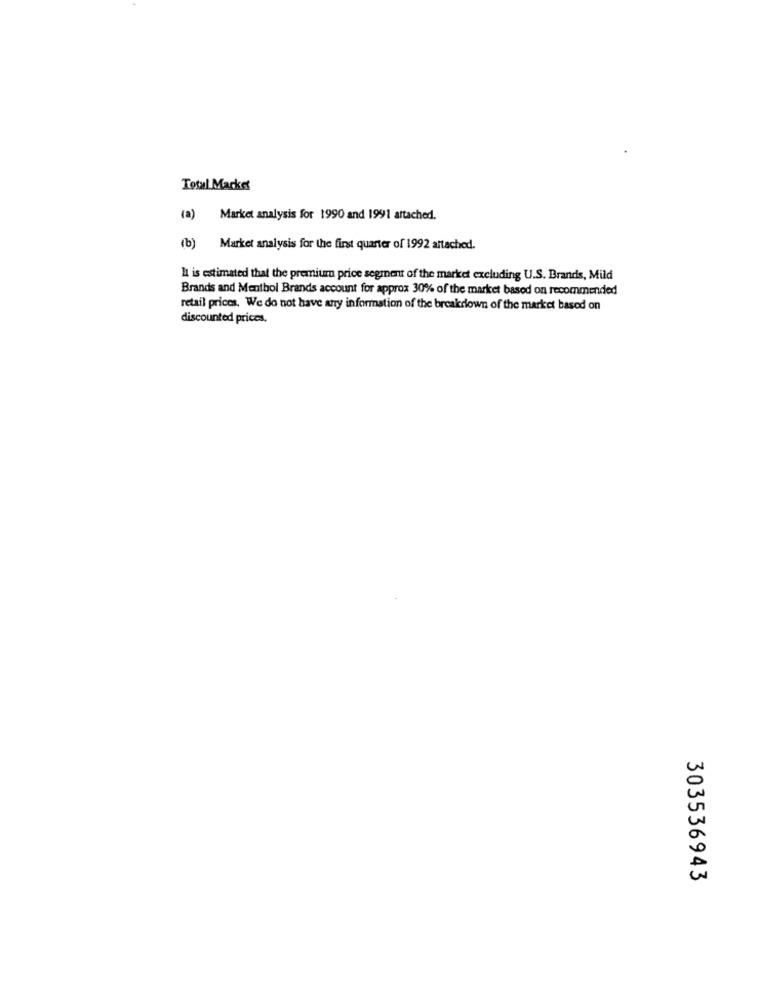
Total Market
(a) Market analysis for 1990 and 1991 attached.
(b) Market analysis for the first quarter of 1992 attached.
It is estimated that the premium price segment of the market excluding U.S. Brands, Mild
Brands and Menthol Brands account for approx 30% of the market based on recommended
retail prices. We do not have any information of the breakdown of the market based on
discounted prices.
303536943